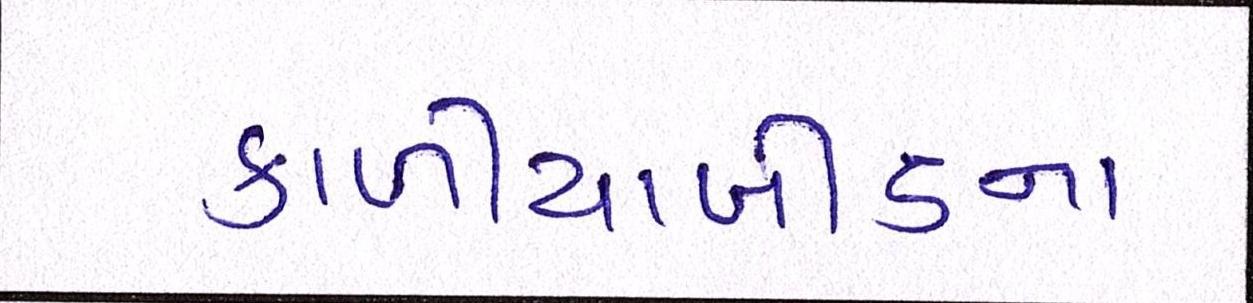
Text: કાળીયાબીડના